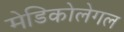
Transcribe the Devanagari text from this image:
मेडिकोलेगल